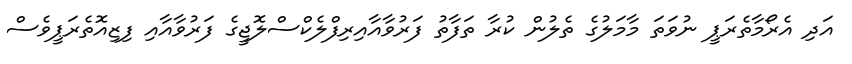
އަދި އެރޯމާތެރަޕީ ނުވަތަ މާމަލުގެ ތެލުން ކުރާ ތަފާތު ފަރުވާއާއިރިފްލެކްސްލޮޖީގެ ފަރުވާއާއި ފިޒިއޮތެރަޕީވެސް